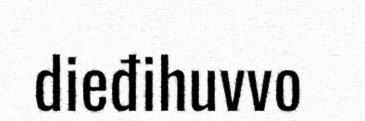
dieđihuvvo